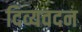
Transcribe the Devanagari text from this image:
दिव्यवदन